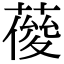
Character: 𦹿